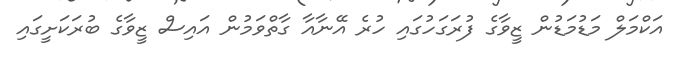
އަކްމަލް މަޑުމަޑުން ޒީވާގެ ފުރަގަހުގައި ހުރެ އޭނާއާ ގާތްވަމުން އައިސް ޒީވާގެ ބުރަކަށީގައި